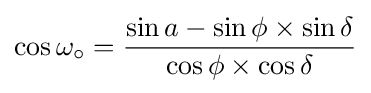
\cos \omega _{\circ }={\dfrac {\sin a-\sin \phi \times \sin \delta }{\cos \phi \times \cos \delta }}